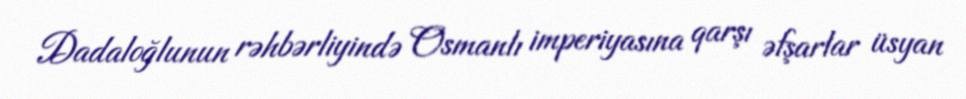
Dadaloğlunun rəhbərliyində Osmanlı imperiyasına qarşı əfşarlar üsyan